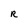
Character: R